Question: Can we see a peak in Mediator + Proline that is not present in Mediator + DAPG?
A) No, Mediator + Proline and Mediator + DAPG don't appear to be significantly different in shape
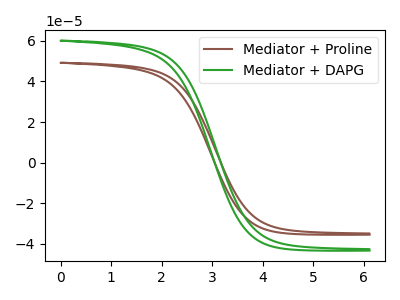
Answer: <think>The brown curve "Mediator + Proline" has no peaks. The green curve "Mediator + DAPG" has no peaks.
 Neither "Mediator + Proline" or "Mediator + DAPG" have any peaks.</think>
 <answer>A) No, "Mediator + Proline" and "Mediator + DAPG" don't appear to be significantly different in shape</answer>
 <eval>A</eval>